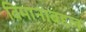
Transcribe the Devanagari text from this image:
विमानाबद्दल